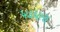
પદધારા